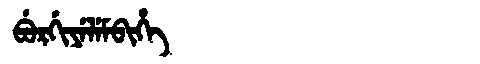
Manchu: ᠪᡠᡵᡤᡳᠶᡝᠯᡝᠮᠪᡳᡥᡝ
Romanization: BURGIYELEMBIHE